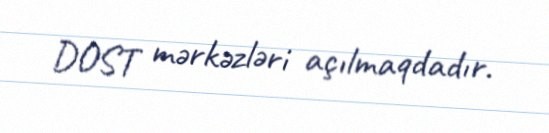
DOST mərkəzləri açılmaqdadır.